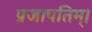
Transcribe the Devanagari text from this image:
प्रजापतिम्।